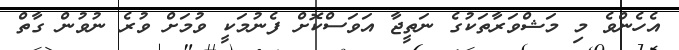
އެހެންވެ މި މަޝްވަރާތަކުގެ ނަތީޖާ އަވަސްކޮށް ފެނުމަކީ ވުމަށް ވުރެ ނުވުން ގާތް